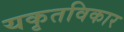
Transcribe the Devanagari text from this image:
यकृतविकार